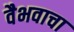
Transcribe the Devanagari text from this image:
वैभवाचा